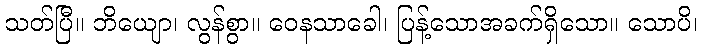
သတ်ပြီ။ ဘိယျော၊ လွန်စွာ။ ဝေနသာခေါ၊ ပြန့်သောအခက်ရှိသော။ သောပိ၊